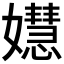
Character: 𡣺